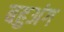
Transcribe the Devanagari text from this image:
बहुअंग